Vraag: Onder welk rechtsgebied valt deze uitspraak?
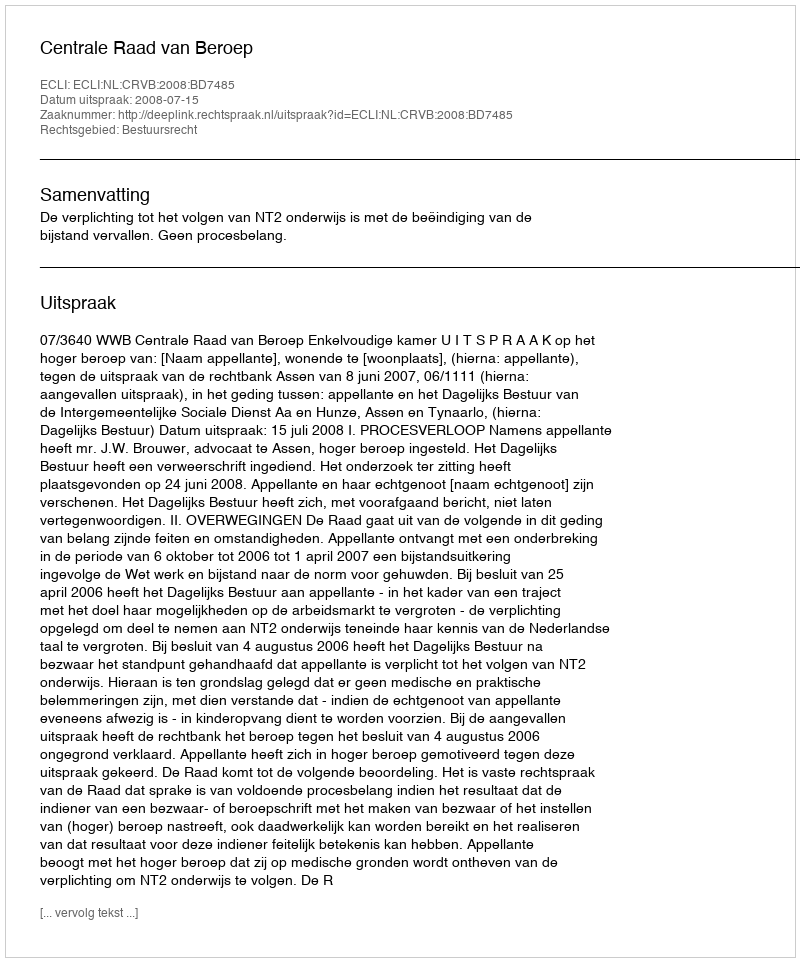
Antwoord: Bestuursrecht